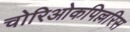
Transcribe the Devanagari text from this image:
चोरिओकपिल्लरिस